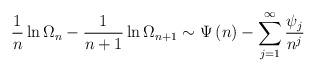
LaTeX: \begin{align*}\frac{1}{n}\ln \Omega _{n}-\frac{1}{n+1}\ln \Omega _{n+1}\sim \Psi \left(n\right) -\sum_{j=1}^{\infty }\frac{\psi _{j}}{n^{j}} \end{align*}